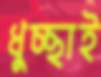
ধুচ্ছাই